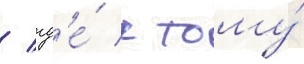
/ гд'е́ к тому́